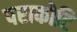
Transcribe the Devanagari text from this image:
पराकोटि